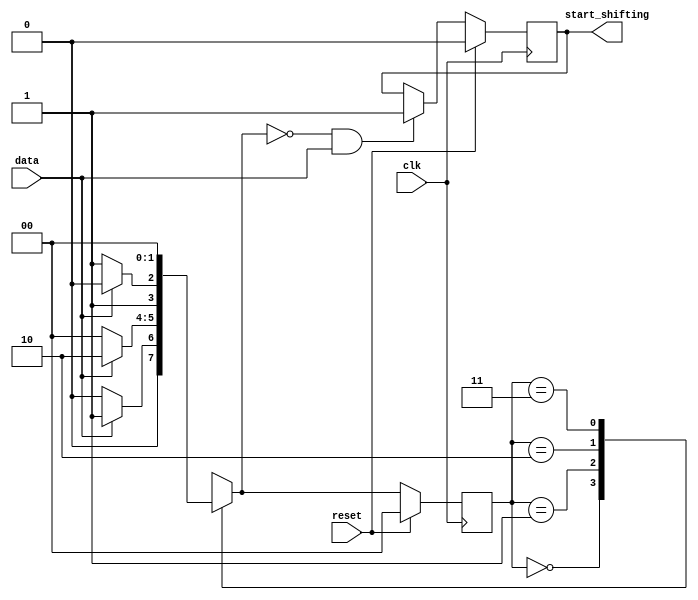
module top_module (
    input clk,
    input reset,      // Synchronous reset
    input data,
    output start_shifting);
    
    parameter S0=2'd0, S1=2'd1, S2=3'd2, S3=3'd3;
    reg [1:0] state, next_state;

    // State transition logic (combinational)
    always @(*) begin
        case (state)
            S0: next_state = data ? S1:S0;
            S1: next_state = data ? S2:S0;
            S2: next_state = (!data) ? S3:S2;
            S3: next_state = S0;
            default: next_state = S0;
        endcase
    end
    
    // State flip-flops (sequential)
    always @(posedge clk) begin
        state <= (reset) ? S0:next_state ;
    end
    
    // Output logic
    always @(posedge clk) begin
        if (reset) begin
            start_shifting <= 0;
        end
        else begin
            start_shifting <= (next_state==S0 & data) ? 1:start_shifting;
        end
    end

endmodule